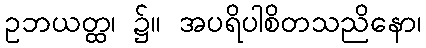
ဥဘယတ္ထ၊ ၌။ အပရိပါစိတသညိနော၊